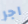
اجر